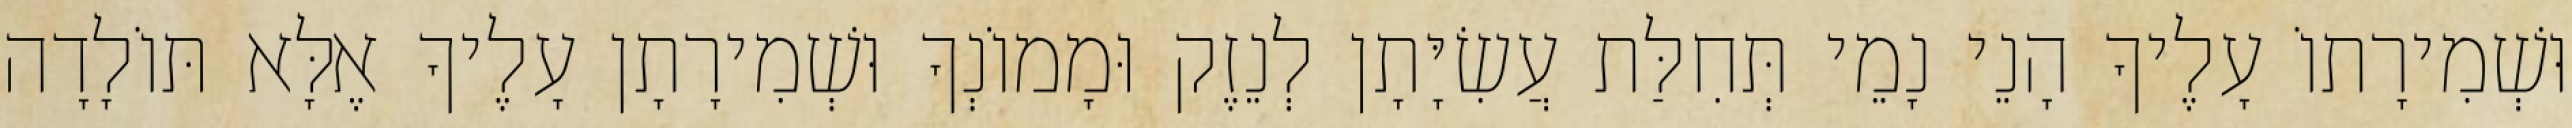
וּשְׁמִירָתוֹ עָלֶיךָ הָנֵי נָמֵי תְּחִלַּת עֲשִׂיָּתָן לְנֵזֶק וּמָמוֹנְךָ וּשְׁמִירָתָן עָלֶיךָ אֶלָּא תּוֹלָדָה